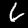
Label: 6